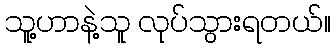
သူ့ဟာနဲ့သူ လုပ်သွားရတယ်။